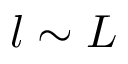
l \sim L